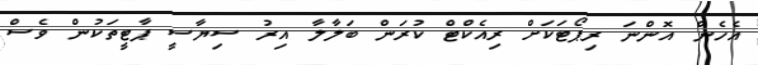
އެހެން އޮންނަ ރިޕޯޓަކަށް ރިއެކްޓް ކުރަން ބަލާލާ އިރު ސިޔާސީ ޕާޓީތަކުން ވެސް